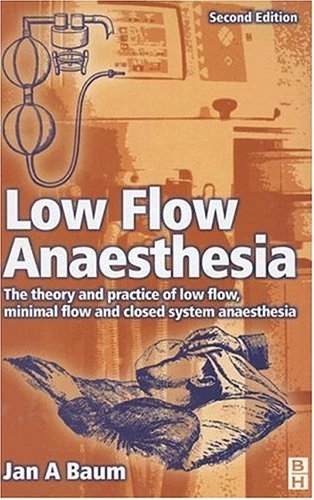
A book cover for Low Flow Anaesthesia: The Theory and Practice of Low Flow, Minimal Flow and Closed System Anaesthesia, 4e; Jan A. Baum Prof Dr med; Medical Books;